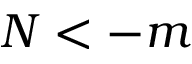
N < - m